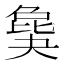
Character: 𣬎